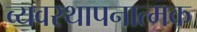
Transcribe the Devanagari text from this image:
व्यवस्थापनात्मक